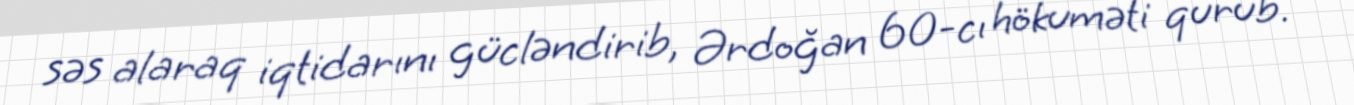
səs alaraq iqtidarını gücləndirib, Ərdoğan 60-cı hökuməti qurub.